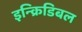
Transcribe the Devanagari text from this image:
इन्क्रिडिबल